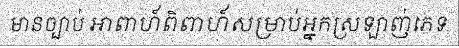
មានច្បាប់ អាពាហ៍ពិពាហ៍សម្រាប់អ្នកស្រឡាញ់ភេទ